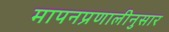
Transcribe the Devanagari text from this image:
मापनप्रणालीनुसार